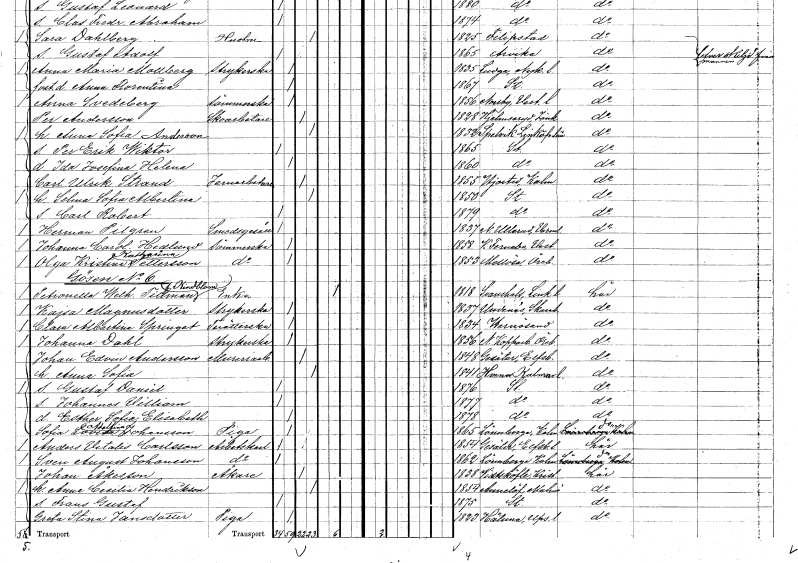
gt_parse: households: individuals: FN: Selma Sofia Albertina
KON: K
CIV: G
FODAR: 1850
FODFORS: Stockholm
FN: Carl Robert
KON: M
CIV: O
FODAR: 1879
FODFORS: Stockholm
FN: Herman
EN: Pilgren
YRKE: Smedsgesäll
KON: M
CIV: O
FODAR: 1837
FODFORS: Nedre Ullerud Värmlands län
FN: Johanna Carolina
EN: Hedlund
YRKE: Sömmerska
KON: K
CIV: O
FODAR: 1858
FODFORS: Västerfärnebo Västmanlands län
FN: Olga Kristina Katharina
EN: Pettersson
YRKE: Sömmerska
KON: K
CIV: O
FODAR: 1853
FODFORS: Mellösa Örebro län
FN: Petronella Wilhelmina
EN: Tillman Kindblom
YRKE: Änka
KON: K
CIV: E
FODAR: 1818
FODFORS: Svanshals Östergötlands län
FN: Kajsa
EN: Magnusdotter
YRKE: Strykerska
KON: K
CIV: O
FODAR: 1837
FODFORS: Undenäs Skaraborgs län
FN: Clara Albertina
EN: Springet
YRKE: Tvätterska
KON: K
CIV: O
FODAR: 1834
FODFORS: Härnösand Västernorrlands län
FN: Johanna
EN: Dahl
YRKE: Strykerska
KON: K
CIV: O
FODAR: 1856
FODFORS: Nya Kopparberg Örebro län
FN: Johan Edvin
EN: Andersson
YRKE: Mureriarbetare
KON: M
CIV: G
FODAR: 1848
FODFORS: Gesäter Älvsborgs län
FN: Anna Sofia
KON: K
CIV: G
FODAR: 1841
FODFORS: Vena Kalmar län
FN: Gustaf Daniel
KON: M
CIV: O
FODAR: 1876
FODFORS: Stockholm
FN: Johannes Villiam
KON: M
CIV: O
FODAR: 1877
FODFORS: Stockholm
FN: Esther Sofia Elisabeth
KON: K
CIV: O
FODAR: 1878
FODFORS: Stockholm
FN: Sofia Lovisa Adolfina
EN: Johansson
YRKE: Piga
KON: K
CIV: O
FODAR: 1865
FODFORS: Lönneberga Kalmar län
FN: Anders Vitalis
EN: Carlsson
YRKE: Arbetskarl
KON: M
CIV: O
FODAR: 1854
FODFORS: Gesäter Älvsborgs län
FN: Sven August
EN: Johansson
YRKE: Arbetskarl
KON: M
CIV: O
FODAR: 1862
FODFORS: Lönneberga Kalmar län
FN: Johan
EN: Åkesson
YRKE: Åkare
KON: M
CIV: G
FODAR: 1838
FODFORS: Vittskövle Kristianstads län
FN: Anna Cecilia
EN: Hendrikson
KON: K
CIV: G
FODAR: 1854
FODFORS: Annelöv Malmöhus län
FN: Frans Gustaf
KON: M
CIV: O
FODAR: 1875
FODFORS: Stockholm
FN: Greta Stina
EN: Jansdotter
YRKE: Piga
KON: K
CIV: O
FODAR: 1823
FODFORS: Håtuna Stockholms län